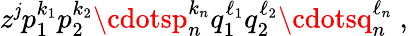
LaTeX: z^{\mathit{j}}p_{1}^{k_{1}}p_{2}^{k_{2}}\cdotsp_{n}^{k_{n}}q_{1}^{\ell_{1}}q_{2}^{\ell_{2}}\cdotsq_{n}^{\ell_{n}}~,